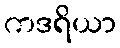
ကဒရိယာ